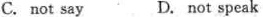
C. not say D. not speak